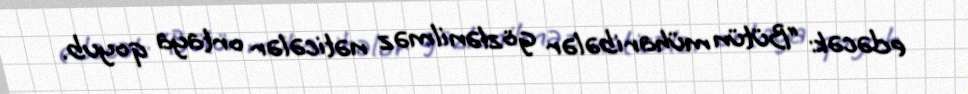
edəcək: “Bütün müharibələr gözlənilməz nəticələr ortaya qoyub.